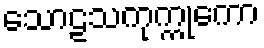
သောဠသကုက္ကုကော